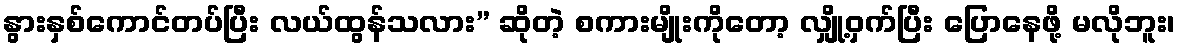
နွားနှစ်ကောင်တပ်ပြီး လယ်ထွန်သလား” ဆိုတဲ့ စကားမျိုးကိုတော့ လျှို့ဝှက်ပြီး ပြောနေဖို့ မလိုဘူး၊